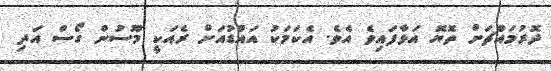
ދޮރުމައްޗަށް ތޮޔޮ އަޅާފައިވެ އެވެ. އެކަމަކު އައްޑުއަށް ރެއަކީ މޫސުން ގޯސް އަދި